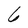
Character: 6